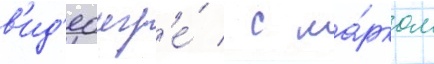
в'ид'еоигр'е́ / с ма́рком